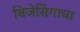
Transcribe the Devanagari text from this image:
बिजेसिंगाचा